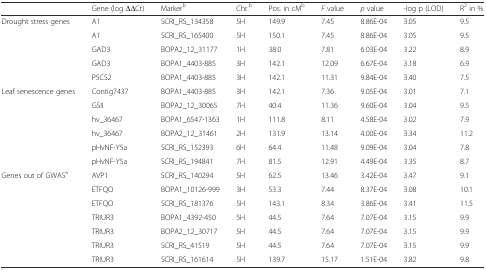
<table><thead><tr><td>[EMPTY_CELL]</td><td><b>Gene (log ∆∆Ct)</b></td><td><b>Marker<sup>b</sup></b></td><td><b>Chr.<sup>b</sup></b></td><td><b>Pos. in cM<sup>b</sup></b></td><td><b><i>F</i> value</b></td><td><b><i>p</i> value</b></td><td><b>-log p (LOD)</b></td><td><b>R<sup>2</sup> in %</b></td></tr></thead><tbody><tr><td rowspan="5">Drought stress genes</td><td>A1</td><td>SCRI_RS_134358</td><td>5H</td><td>149.9</td><td>7.45</td><td>8.86E-04</td><td>3.05</td><td>9.5</td></tr><tr><td>A1</td><td>SCRI_RS_165400</td><td>5H</td><td>150.1</td><td>7.45</td><td>8.86E-04</td><td>3.05</td><td>9.5</td></tr><tr><td>GAD3</td><td>BOPA2_12_31177</td><td>1H</td><td>38.0</td><td>7.81</td><td>6.03E-04</td><td>3.22</td><td>8.9</td></tr><tr><td>GAD3</td><td>BOPA1_4403-885</td><td>3H</td><td>142.1</td><td>12.09</td><td>6.67E-04</td><td>3.18</td><td>6.9</td></tr><tr><td>P5CS2</td><td>BOPA1_4403-885</td><td>3H</td><td>142.1</td><td>11.31</td><td>9.84E-04</td><td>3.40</td><td>7.5</td></tr><tr><td rowspan="6">Leaf senescence genes</td><td>Contig7437</td><td>BOPA1_4403-885</td><td>3H</td><td>142.1</td><td>7.36</td><td>9.05E-04</td><td>3.01</td><td>7.1</td></tr><tr><td>GSII</td><td>BOPA2_12_30065</td><td>7H</td><td>40.4</td><td>11.36</td><td>9.60E-04</td><td>3.04</td><td>9.5</td></tr><tr><td>hv_36467</td><td>BOPA1_6547-1363</td><td>1H</td><td>111.8</td><td>8.11</td><td>4.58E-04</td><td>3.02</td><td>7.9</td></tr><tr><td>hv_36467</td><td>BOPA2_12_31461</td><td>2H</td><td>131.9</td><td>13.14</td><td>4.00E-04</td><td>3.34</td><td>11.2</td></tr><tr><td>pHvNF-Y5a</td><td>SCRI_RS_152393</td><td>6H</td><td>64.4</td><td>11.48</td><td>9.09E-04</td><td>3.04</td><td>7.8</td></tr><tr><td>pHvNF-Y5a</td><td>SCRI_RS_194841</td><td>7H</td><td>81.5</td><td>12.91</td><td>4.49E-04</td><td>3.35</td><td>8.7</td></tr><tr><td rowspan="7">Genes out of GWAS<sup>a</sup></td><td>AVP1</td><td>SCRI_RS_140294</td><td>5H</td><td>62.5</td><td>13.46</td><td>3.42E-04</td><td>3.47</td><td>9.1</td></tr><tr><td>ETFQO</td><td>BOPA1_10126-999</td><td>3H</td><td>53.3</td><td>7.44</td><td>8.37E-04</td><td>3.08</td><td>10.1</td></tr><tr><td>ETFQO</td><td>SCRI_RS_181376</td><td>5H</td><td>143.1</td><td>8.34</td><td>3.86E-04</td><td>3.41</td><td>11.5</td></tr><tr><td>TRIUR3</td><td>BOPA1_4392-450</td><td>5H</td><td>44.5</td><td>7.64</td><td>7.07E-04</td><td>3.15</td><td>9.9</td></tr><tr><td>TRIUR3</td><td>BOPA2_12_30717</td><td>5H</td><td>44.5</td><td>7.64</td><td>7.07E-04</td><td>3.15</td><td>9.9</td></tr><tr><td>TRIUR3</td><td>SCRI_RS_41519</td><td>5H</td><td>44.5</td><td>7.64</td><td>7.07E-04</td><td>3.15</td><td>9.9</td></tr><tr><td>TRIUR3</td><td>SCRI_RS_161614</td><td>5H</td><td>139.7</td><td>15.17</td><td>1.51E-04</td><td>3.82</td><td>9.8</td></tr></tbody></table>